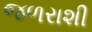
જળરાશી